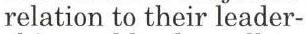
relation to their leader-